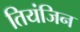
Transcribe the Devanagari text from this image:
तियंजिन